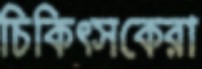
চিকিত্সকেরা